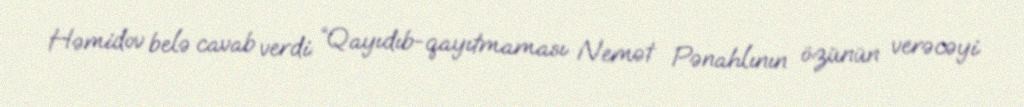
Həmidov belə cavab verdi: “Qayıdıb-qayıtmaması Nemət Pənahlının özünün verəcəyi